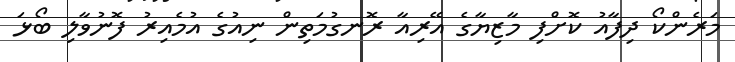
މަރެންކޯ ދިފާއު ކޮށްފި މާޒިޔާގެ އޭރިއާ ރޮނގުމަތިން ނިއުގެ އުމެއިރު ފޮނުވާލި ބޯޅަ